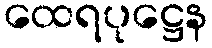
ထေရပုဋ္ဌေန